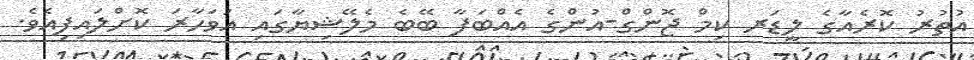
އުތުރު ކޮރެއާގެ ލީޑަރ ކިމް ޖޮންގް-އުންގެ އެއްބަފާ ބޭބެ މެލޭޝިޔާގައި އަވަހާރަ ކޮށްލައިފިއެވެ.